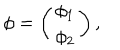
LaTeX: \phi = \left( \begin{array} { c } { { \phi _ { 1 } } } \\ { { \phi _ { 2 } } } \\ \end{array} \right) ,